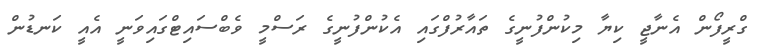
ގްރީފޯން އެނާޖީ ކިޔާ މިކުންފުނީގެ ތައާރުފްގައި އެކުންފުނީގެ ރަސްމީ ވެބްސައިޓްގައިވަނީ އެއީ ކަނޑުން